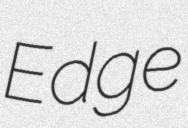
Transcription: Edge